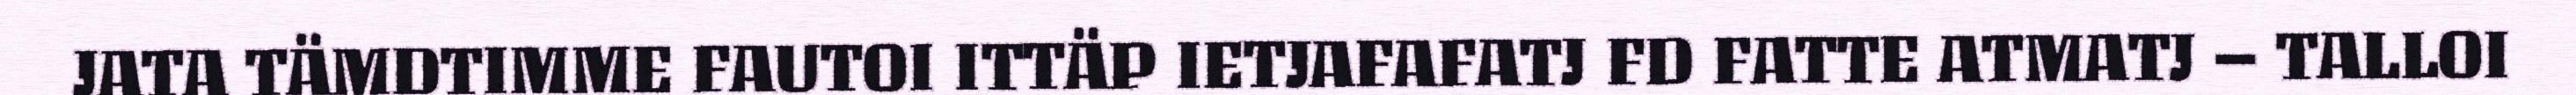
JATA TÄMDTIMME FAUTOI ITTÄP IETJAFAFATJ FD FATTE ATMATJ – TALLOI